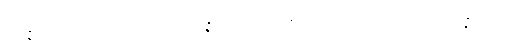
ဥပ္ပန္နံ ဆဟိဝိညာဏေဟီတိ၊ ဥပ္ပန္နံ ဆဟိဝိညာဏေဟိဟူသည်ကား။ ပစ္စုပ္ပန္နရူပမေဝ၊